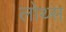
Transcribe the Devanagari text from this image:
लोथ्स